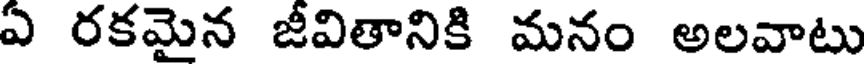
ఏ రకమైన జీవితానికి మనం అలవాటు